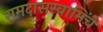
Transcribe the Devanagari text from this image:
रामदासस्वामिंचे